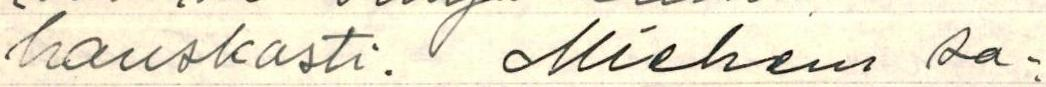
hauskasti. Mieheni sa-